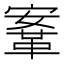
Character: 鞌